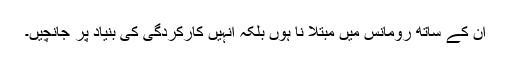
ان کے ساتھ رومانس میں مبتلا نا ہوں بلکہ انہیں کارکردگی کی بنیاد پر جانچیں۔